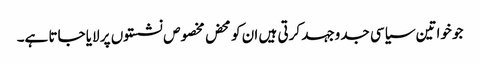
جو خواتین سیاسی جدوجہد کرتی ہیں ان کو محض مخصوص نشستوں پر لایا جاتا ہے۔